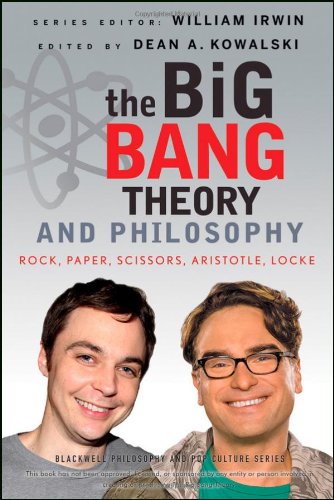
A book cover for The Big Bang Theory and Philosophy: Rock, Paper, Scissors, Aristotle, Locke; Humor & Entertainment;